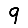
Digit: 9